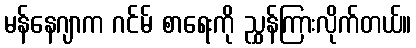
မန်နေဂျာက ဂင်မ် စာရေးကို ညွှန်ကြားလိုက်တယ်။